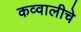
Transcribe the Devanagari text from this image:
कव्वालीचे